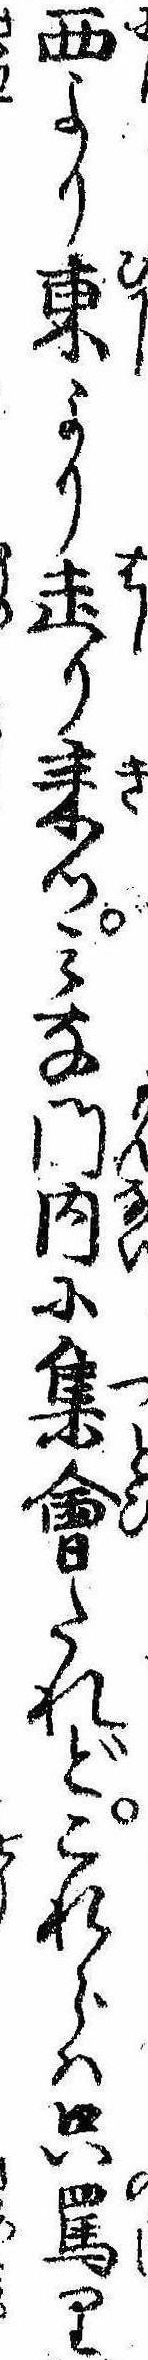
西より東より走り来つみな門内に集会たれどこれらは只罵り